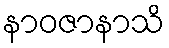
နာဝဇာနာသိ